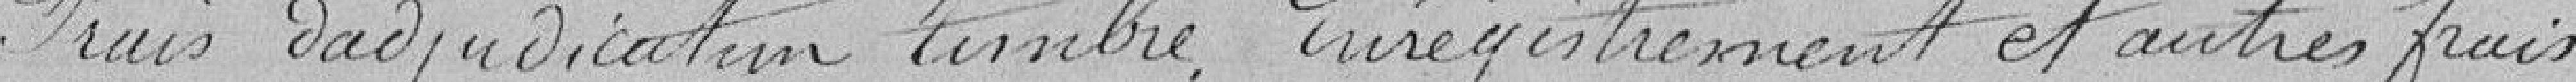
13 - Frais d'adjudication, timbres, enregistrement et autres frais